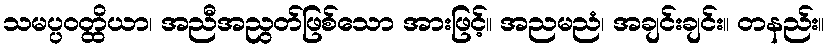
သမပ္ပဝတ္ထိယာ၊ အညီအညွတ်ဖြစ်သော အားဖြင့်။ အညမညံ၊ အချင်းချင်း။ တနည်း။